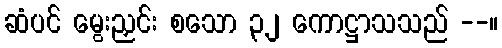
ဆံပင် မွေးညှင်း စသော ၃၂ ကောဋ္ဌာသသည် --။